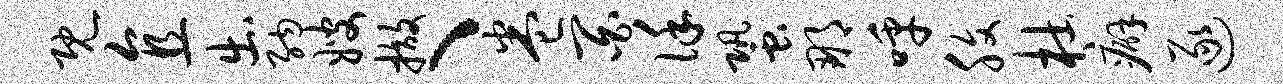
既直出纳嫂撤、卷百谨蛩那呼腹杜癖逐